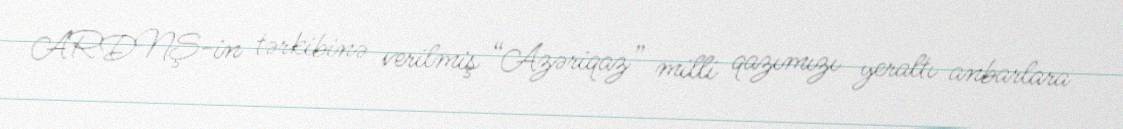
ARDNŞ-in tərkibinə verilmiş “Azəriqaz” milli qazımızı yeraltı anbarlara